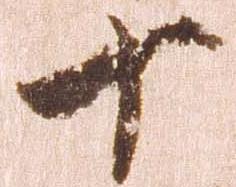
十